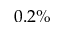
0 . 2 \%